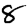
Digit: 8